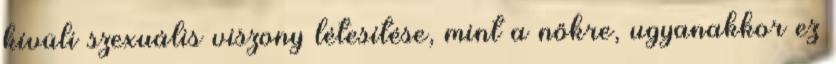
kívüli szexuális viszony létesítése, mint a nőkre, ugyanakkor ez